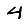
Digit: 4